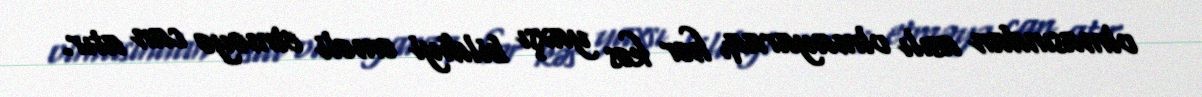
olmasından asılı olmayaraq, hər kəs yaxşı bildiyi əməli etməyə can atır.